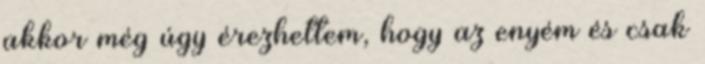
akkor még úgy érezhettem, hogy az enyém és csak